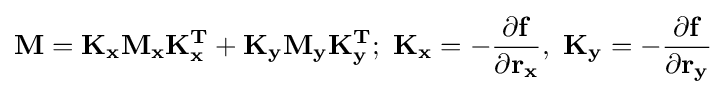
\mathbf {M=K_{x}M_{x}K_{x}^{T}+K_{y}M_{y}K_{y}^{T};\ K_{x}=-{\frac {\partial f}{\partial r_{x}}},\ K_{y}=-{\frac {\partial f}{\partial r_{y}}}}